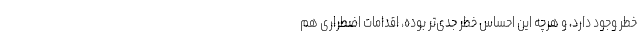
خطر وجود دارد، و هرچه این احساس خطر جدی‌تر بوده، اقدامات اضطراری هم